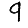
Digit: 9